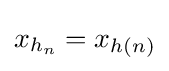
x_{h_{n}}=x_{h(n)}